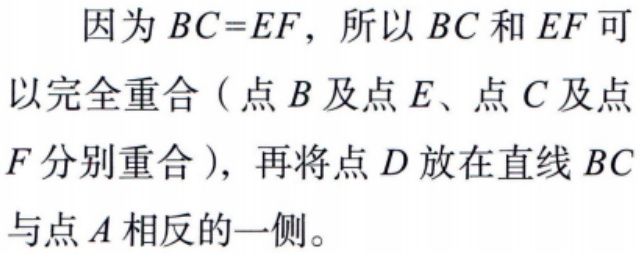
因为 \(BC = EF\)，所以 \(BC\) 和 \(EF\) 可以完全重合（点 \(B\) 及点 \(E\)、点 \(C\) 及点 \(F\) 分别重合），再将点 \(D\) 放在直线 \(BC\) 与点 \(A\) 相反的一侧。